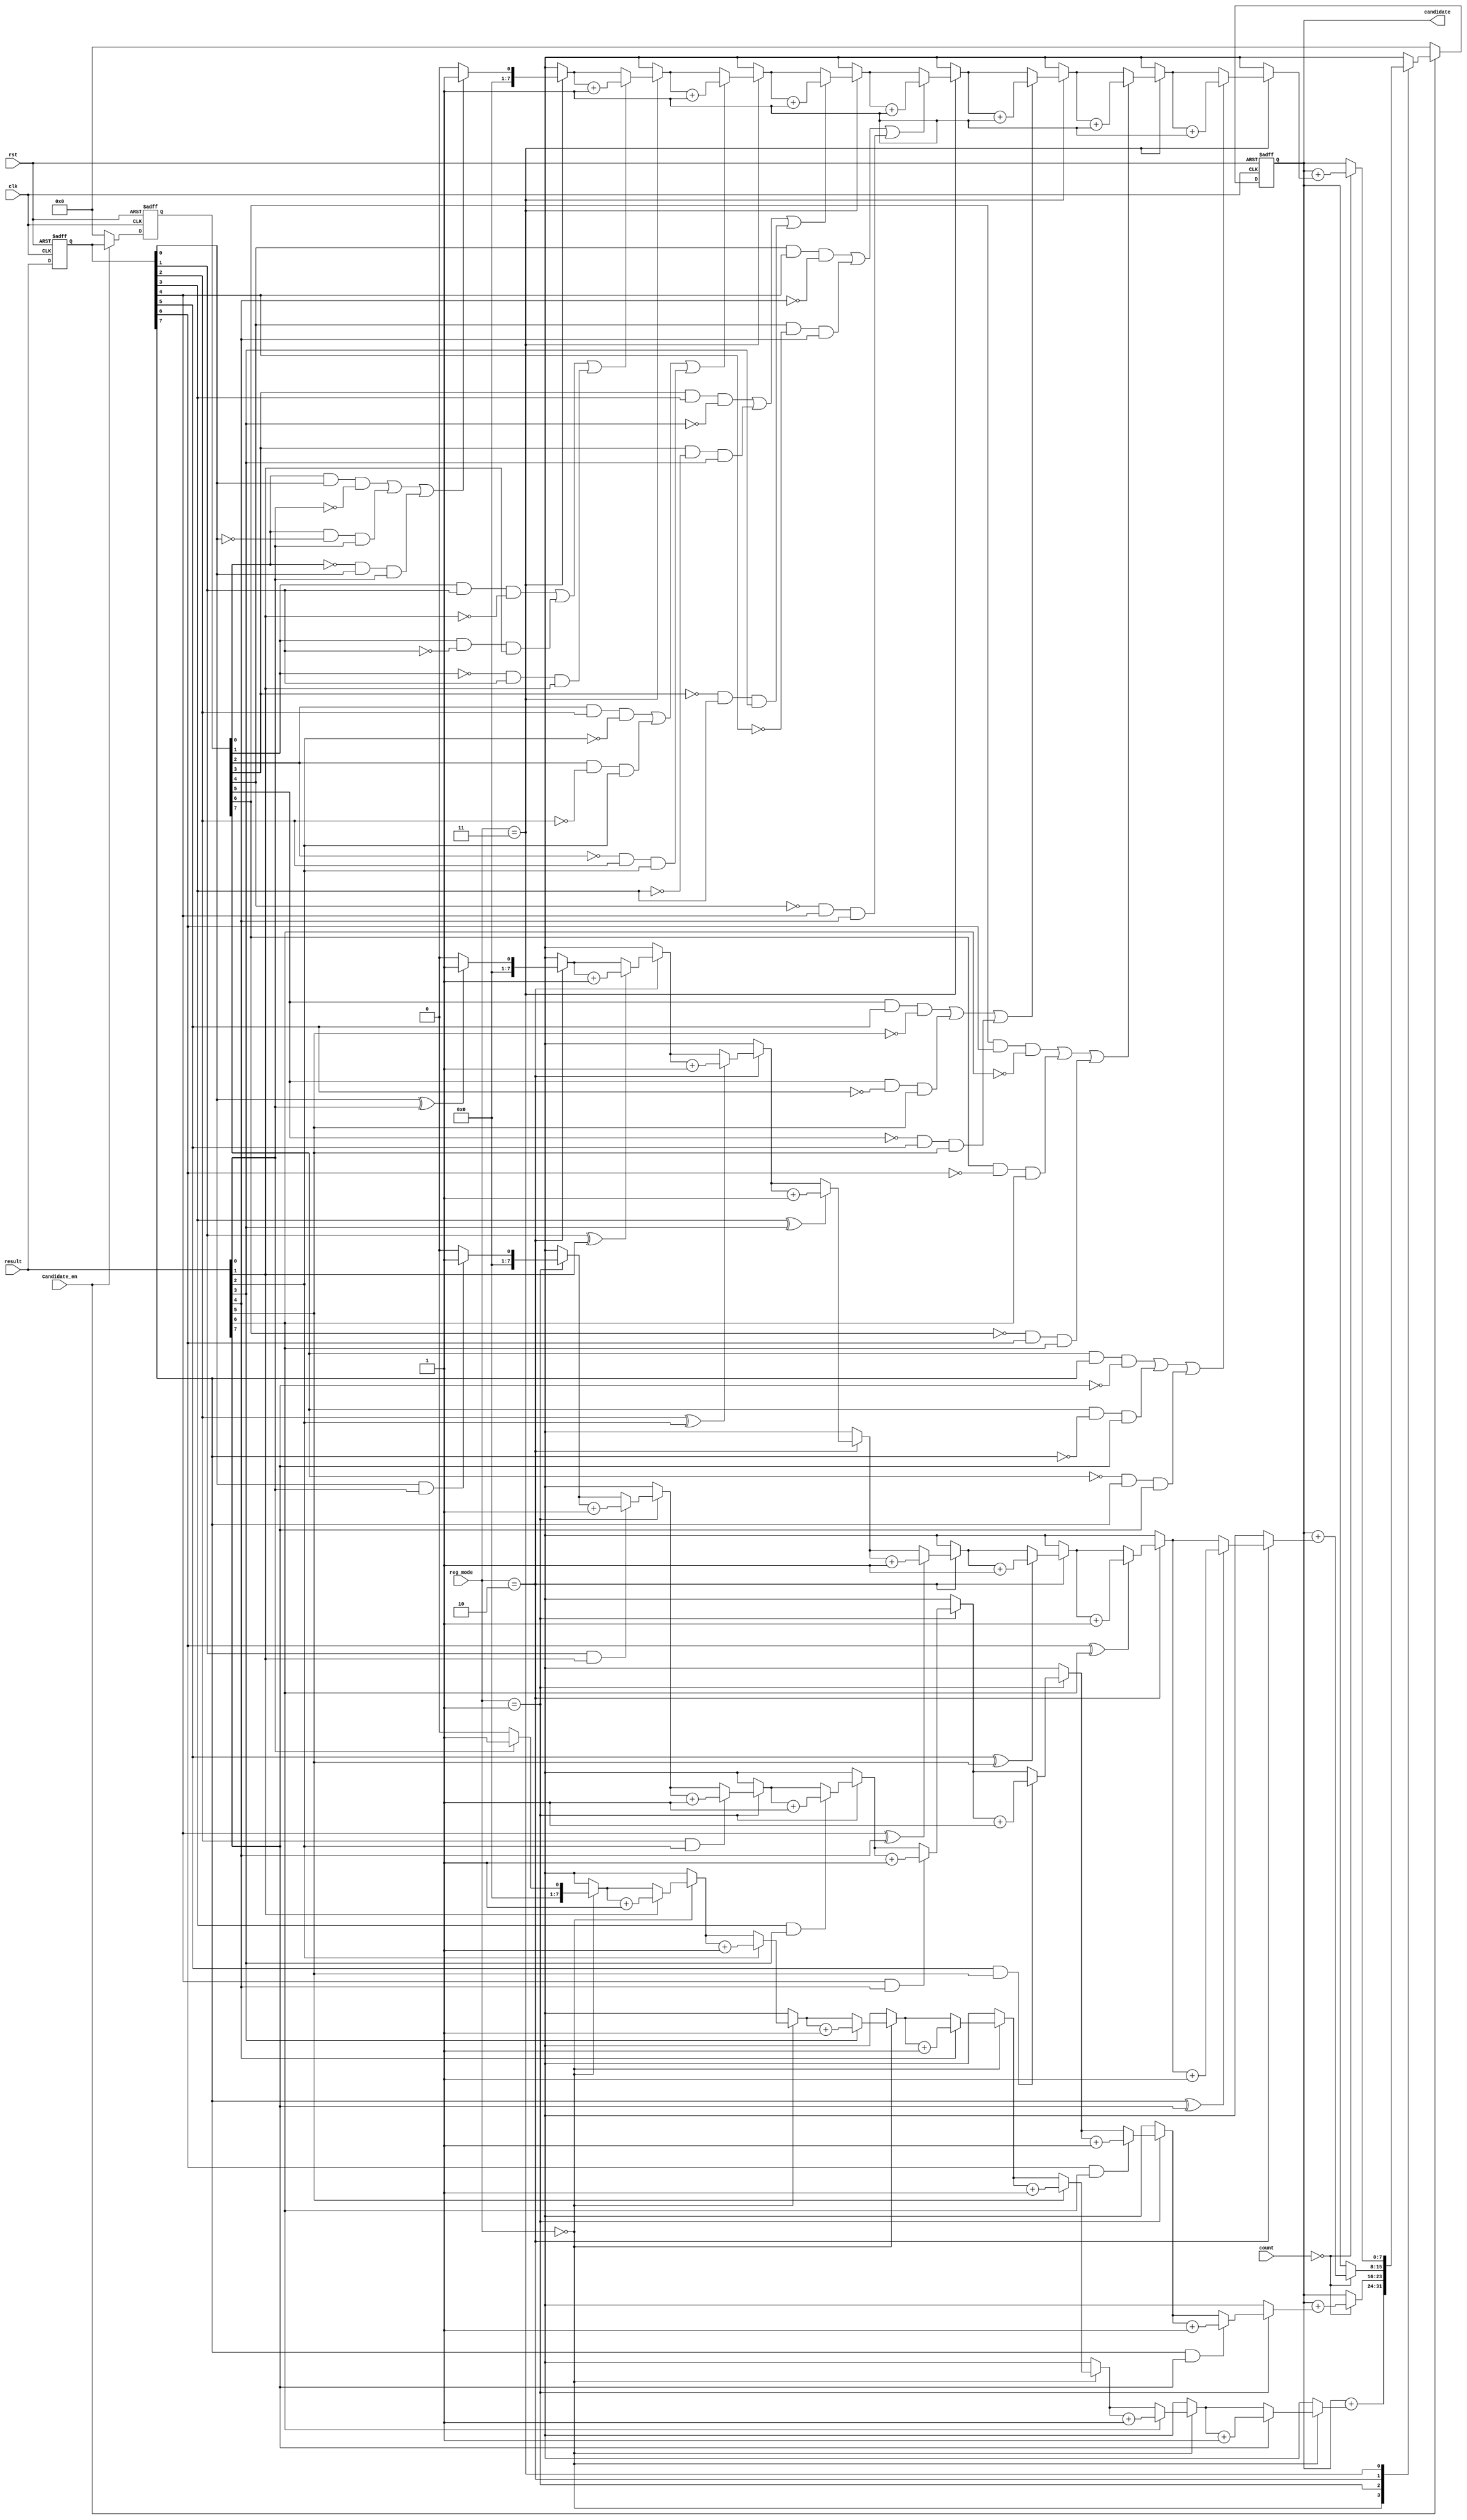
module Candidate_adder(
// Special signal
clk, 
rst, 
// output of MapCell
result, 
// from Control
reg_mode,
Candidate_en,
count,
// candidate
candidate
);
input[7:0] result;
input[1:0] reg_mode, count;
input Candidate_en, clk, rst;
output[7:0] candidate;
reg[7:0] candidate;
reg[7:0] next_candidate;
reg[7:0] old_result_0, old_result_1;

function[7:0] MODE_0;
	input[7:0] n;
	integer i;
	begin
		MODE_0 = 8'd0;
		for (i=0;i<8;i=i+1)
			if (n[i]) 
				MODE_0 = MODE_0 + 8'd1;
	end
endfunction

function[7:0] MODE_1;
	input[15:0] n;
	integer i;
	begin
		MODE_1 = 8'd0;
		for (i=0;i<8;i=i+1)
			if (n[i]&n[i+8])
				MODE_1 = MODE_1 + 8'd1;
	end
endfunction

function[7:0] MODE_2;
	input[15:0] n;
	integer i;
	begin
		MODE_2 = 8'd0;
		for (i=0;i<8;i=i+1)
			if (n[i]^n[i+8]) 
				MODE_2 = MODE_2 + 8'd1;
	end
endfunction

function[7:0] MODE_3;
	input[23:0] n;
	integer i;
	begin
		MODE_3 = 8'd0;
		for (i=0;i<8;i=i+1)
			if ((n[i]&n[i+8]&~n[i+16])|(n[i]&~n[i+8]&n[i+16])|(~n[i]&n[i+8]&n[i+16])) 
				MODE_3 = MODE_3 + 8'd1;
	end
endfunction

always@(*) begin
	case(reg_mode)
		2'b00: 		next_candidate = candidate + MODE_0({result});
		2'b01: 		next_candidate = (count==2'd0)? candidate + MODE_1({result, old_result_0}) : candidate;
		2'b10: 		next_candidate = (count==2'd0)? candidate + MODE_2({result, old_result_0}) : candidate;
		2'b11: 		next_candidate = (count==2'd0)? candidate + MODE_3({result, old_result_0, old_result_1}) : candidate;
		default: 	next_candidate = 8'bx;
	endcase
end

always@(posedge clk or posedge rst) begin
	if(rst) begin
		candidate <= 8'b0;
		{old_result_0, old_result_1} <= 16'b0;
	end
	else if(~Candidate_en) begin
		candidate <= 8'b0;
		{old_result_0, old_result_1} <= {result, 8'd0};
	end
	else begin
		candidate <= next_candidate;
		{old_result_0, old_result_1} <= {result, old_result_0};
	end
end
endmodule